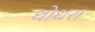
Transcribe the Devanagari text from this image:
धोधरा